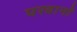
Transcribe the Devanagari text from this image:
परवानों